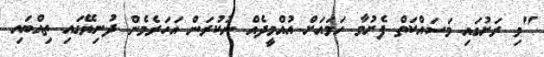
"މި ރަށުގައި މަސައްކަތް ފެށުމާ ހަމައަށް އުއްމީދެއް ނުކުރަން އަހަރެމެން ދުނިޔޭގައި ތިއްބައި